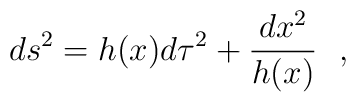
ds^2=h(x)d\tau^2+{dx^2\over h(x)}~~,